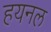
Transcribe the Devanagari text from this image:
हयनल